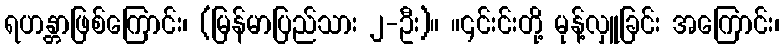
ရဟန္တာဖြစ်ကြောင်း၊ (မြန်မာပြည်သား ၂-ဦး)။ ။၎င်းင်းတို့ မုန့်လှူခြင်း အကြောင်း၊